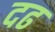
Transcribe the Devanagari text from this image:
दढ